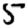
Digit: 5